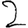
Digit: 2